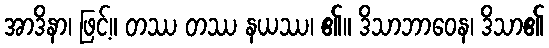
အာဒိနာ၊ ဖြင့်။ တဿ တဿ နယဿ၊ ၏။ ဒိသာဘာဝေန၊ ဒိသာ၏